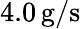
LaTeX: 4.0\, \mathrm{g/s}